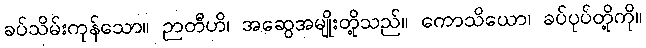
ခပ်သိမ်းကုန်သော။ ဉာတီဟိ၊ အဆွေအမျိုးတို့သည်။ ကောသိယော၊ ခပ်ပုပ်တို့ကို။